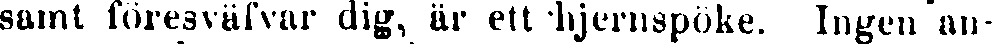
samt föresväfvar dig, är ett hjernspöke. Ingen an-